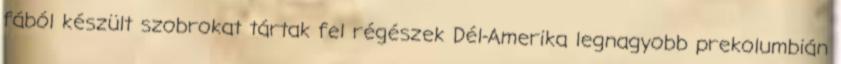
fából készült szobrokat tártak fel régészek Dél-Amerika legnagyobb prekolumbián